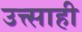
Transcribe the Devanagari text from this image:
उत्त्साही